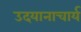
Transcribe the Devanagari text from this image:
उदयानाचार्य